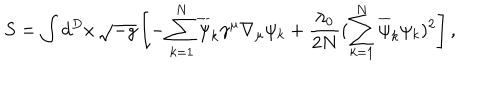
LaTeX: S = \int d ^ { D } x \, \sqrt { - g } \left[ - \sum _ { k = 1 } ^ { N } \overline { { { \psi } } } _ { k } \gamma ^ { \mu } \nabla _ { \mu } \psi _ { k } + \frac { \lambda _ { 0 } } { 2 N } ( \sum _ { k = 1 } ^ { N } \overline { { { \psi } } } _ { k } \psi _ { k } ) ^ { 2 } \right] ,